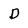
Character: D